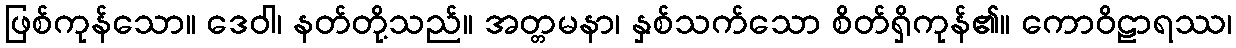
ဖြစ်ကုန်သော။ ဒေဝါ၊ နတ်တို့သည်။ အတ္တမနာ၊ နှစ်သက်သော စိတ်ရှိကုန်၏။ ကောဝိဠာရဿ၊